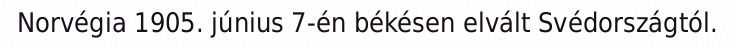
Norvégia 1905. június 7-én békésen elvált Svédországtól.